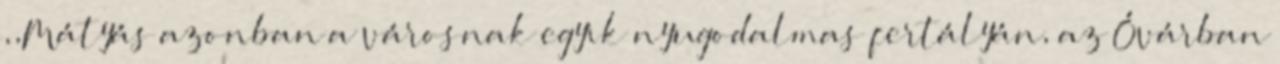
,,Mátyás azonban a városnak egyik nyugodalmas fertályán, az Óvárban